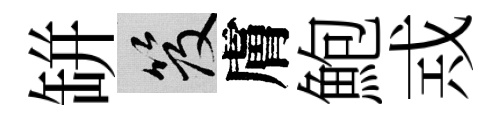
缾笈膚鮑𢦶